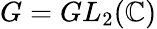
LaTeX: G=GL_{2}(\mathbb{C})